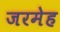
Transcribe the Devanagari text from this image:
जरमेह